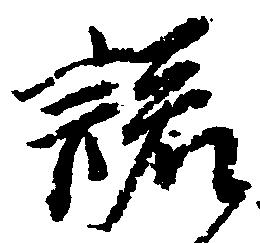
諾